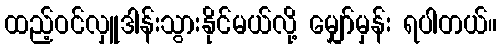
ထည့်ဝင်လှူဒါန်းသွားနိုင်မယ်လို့ မျှော်မှန်း ရပါတယ်။